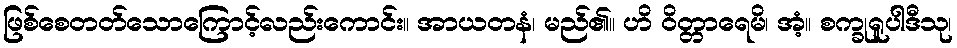
ဖြစ်စေတတ်သောကြောင့်လည်းကောင်း။ အာယတနံ၊ မည်၏။ ဟိ ဝိတ္တာရေမိ၊ အံ့။ စက္ခုရူပါဒီသု၊